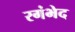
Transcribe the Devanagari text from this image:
रगंभेद